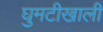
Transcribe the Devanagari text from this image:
घुमटीखाली